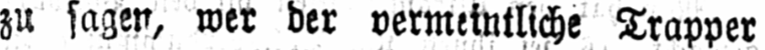
zu sagen, wer der vermeintliche Trapper